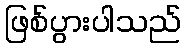
ဖြစ်ပွားပါသည်